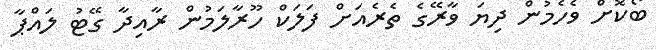
ބޯކޮށް ވެހެމުން ދިޔަ ވާރޭގެ ތެރެއަށް ފަލަކް ހޫރާލަމުން ރާއިދާ ގޭޓު ލައްޕާ